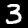
Digit: 3